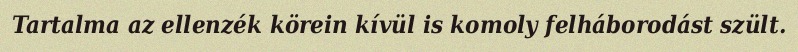
Tartalma az ellenzék körein kívül is komoly felháborodást szült.